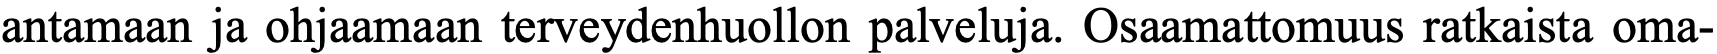
antamaan ja ohjaamaan terveydenhuollon palveluja. Osaamattomuus ratkaista oma-